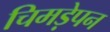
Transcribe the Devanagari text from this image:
चिमड़ेपन